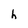
Character: h